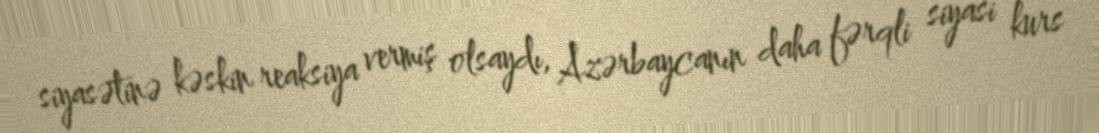
siyasətinə kəskin reaksiya vermiş olsaydı, Azərbaycanın daha fərqli siyasi kurs